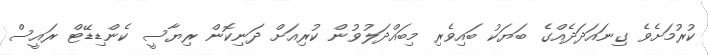
ކުރުމަށެވެ ގިނައަދަދެއްގެ ބަޔަކު ބައިވެރި މިބައްދަލުވުން ކުރިއަށް ދަނިކޮން ރިޔާސީ ކެންޑިޑޭޓް ރައީސް